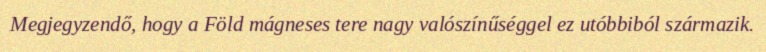
Megjegyzendő, hogy a Föld mágneses tere nagy valószínűséggel ez utóbbiból származik.